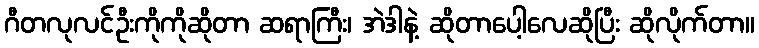
ဂီတလုလင်ဦးကိုကိုဆိုတာ ဆရာကြီး၊ အဲဒါနဲ့ ဆိုတာပေါ့လေဆိုပြီး ဆိုလိုက်တာ။